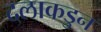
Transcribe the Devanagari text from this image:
दलाकडुन